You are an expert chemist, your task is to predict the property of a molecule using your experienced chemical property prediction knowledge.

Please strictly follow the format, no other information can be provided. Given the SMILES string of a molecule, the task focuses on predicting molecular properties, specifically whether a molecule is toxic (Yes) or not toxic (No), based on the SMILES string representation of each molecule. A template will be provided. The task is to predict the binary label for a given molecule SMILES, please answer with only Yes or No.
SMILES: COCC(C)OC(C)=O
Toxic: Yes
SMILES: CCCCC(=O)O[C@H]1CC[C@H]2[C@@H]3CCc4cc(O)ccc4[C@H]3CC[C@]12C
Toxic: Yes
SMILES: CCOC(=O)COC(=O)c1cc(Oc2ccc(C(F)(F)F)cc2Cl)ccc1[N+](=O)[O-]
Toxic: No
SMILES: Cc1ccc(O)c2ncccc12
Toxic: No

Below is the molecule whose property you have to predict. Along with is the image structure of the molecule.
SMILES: NC(=O)[C@H]1O[C@@H](O)[C@H](O)[C@@H](O)[C@@H]1O
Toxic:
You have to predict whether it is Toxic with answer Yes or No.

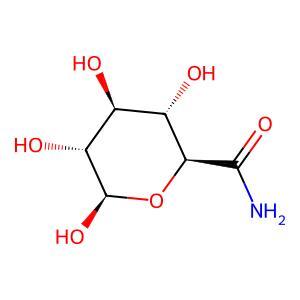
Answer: No